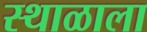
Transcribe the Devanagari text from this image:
स्थाळाला